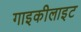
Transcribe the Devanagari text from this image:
गाइकीलाइट